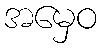
အမှေဝ